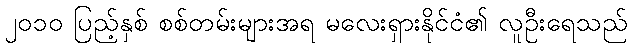
၂၀၁၀ ပြည့်နှစ် စစ်တမ်းများအရ မလေးရှားနိုင်ငံ၏ လူဦးရေသည်